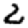
Digit: 2